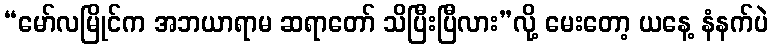
“မော်လမြိုင်က အဘယာရာမ ဆရာတော် သိပြီးပြီလား”လို့ မေးတော့ ယနေ့ နံနက်ပဲ